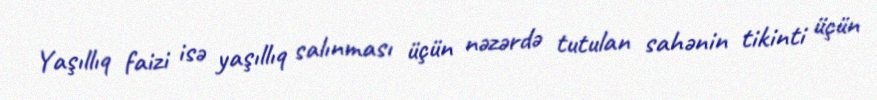
Yaşıllıq faizi isə yaşıllıq salınması üçün nəzərdə tutulan sahənin tikinti üçün